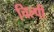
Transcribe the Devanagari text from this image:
चिल्पी